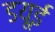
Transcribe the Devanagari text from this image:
डयूई